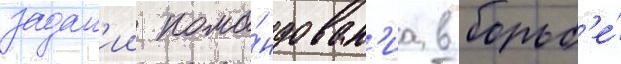
задан'ии кома́ндован'иа в борьб'е́